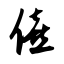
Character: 僖